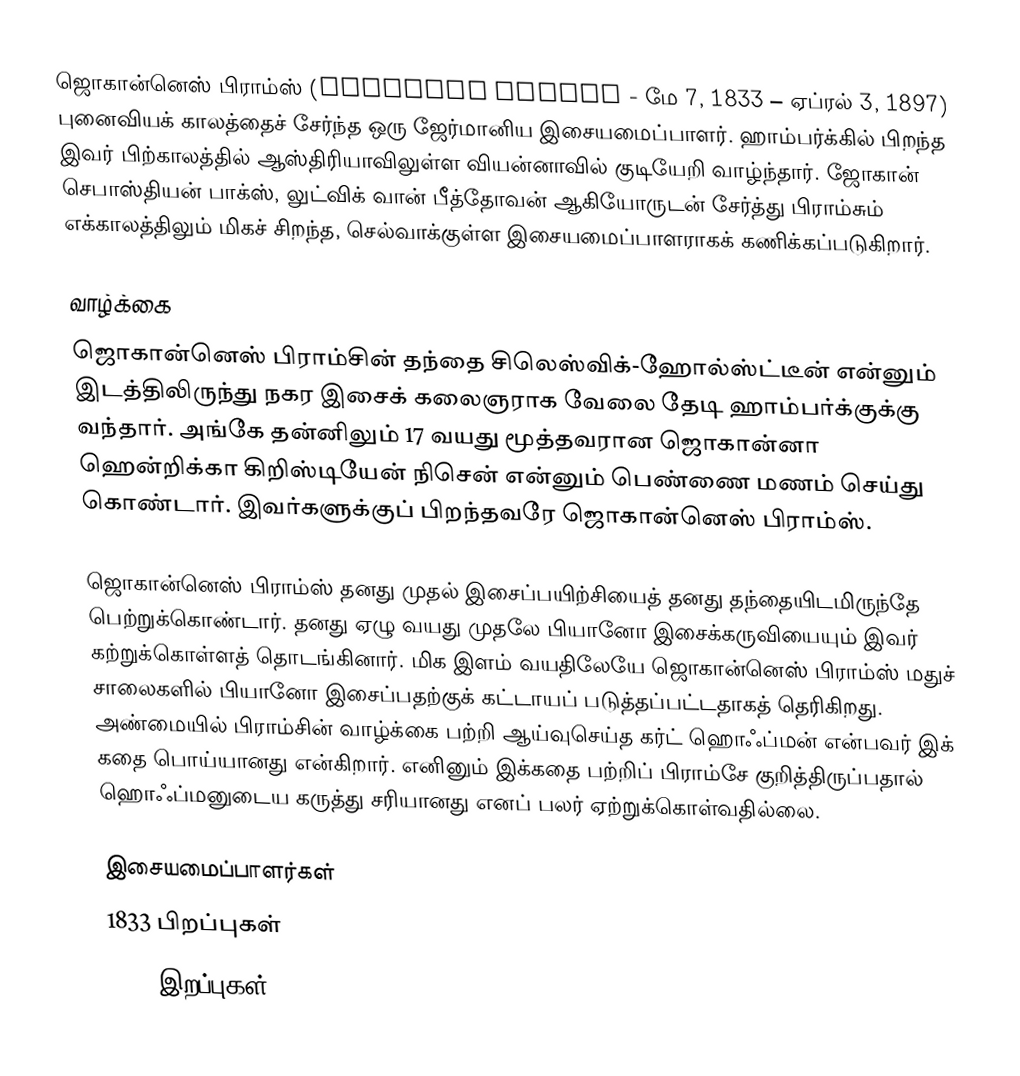
ஜொகான்னெஸ் பிராம்ஸ் (Johannes Brahms - மே 7, 1833 – ஏப்ரல் 3, 1897) புனைவியக் காலத்தைச் சேர்ந்த ஒரு ஜேர்மானிய இசையமைப்பாளர். ஹாம்பர்க்கில் பிறந்த இவர் பிற்காலத்தில் ஆஸ்திரியாவிலுள்ள வியன்னாவில் குடியேறி வாழ்ந்தார். ஜோகான் செபாஸ்தியன் பாக்ஸ், லுட்விக் வான் பீத்தோவன் ஆகியோருடன் சேர்த்து பிராம்சும் எக்காலத்திலும் மிகச் சிறந்த, செல்வாக்குள்ள இசையமைப்பாளராகக் கணிக்கப்படுகிறார்.

வாழ்க்கை
ஜொகான்னெஸ் பிராம்சின் தந்தை சிலெஸ்விக்-ஹோல்ஸ்ட்டீன் என்னும் இடத்திலிருந்து நகர இசைக் கலைஞராக வேலை தேடி ஹாம்பர்க்குக்கு வந்தார். அங்கே தன்னிலும் 17 வயது மூத்தவரான ஜொகான்னா ஹென்றிக்கா கிறிஸ்டியேன் நிசென் என்னும் பெண்ணை மணம் செய்து கொண்டார். இவர்களுக்குப் பிறந்தவரே ஜொகான்னெஸ் பிராம்ஸ்.

ஜொகான்னெஸ் பிராம்ஸ் தனது முதல் இசைப்பயிற்சியைத் தனது தந்தையிடமிருந்தே பெற்றுக்கொண்டார். தனது ஏழு வயது முதலே பியானோ இசைக்கருவியையும் இவர் கற்றுக்கொள்ளத் தொடங்கினார். மிக இளம் வயதிலேயே ஜொகான்னெஸ் பிராம்ஸ் மதுச் சாலைகளில் பியானோ இசைப்பதற்குக் கட்டாயப் படுத்தப்பட்டதாகத் தெரிகிறது. அண்மையில் பிராம்சின் வாழ்க்கை பற்றி ஆய்வுசெய்த கர்ட் ஹொஃப்மன் என்பவர் இக் கதை பொய்யானது என்கிறார். எனினும் இக்கதை பற்றிப் பிராம்சே குறித்திருப்பதால் ஹொஃப்மனுடைய கருத்து சரியானது எனப் பலர் ஏற்றுக்கொள்வதில்லை.

இசையமைப்பாளர்கள்
1833 பிறப்புகள்
1897 இறப்புகள்